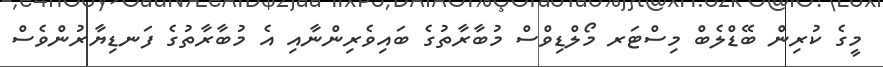
މީގެ ކުރިން ބޭޑްލެބް މިސްޓަރ މޯލްޑިވްސް މުބާރާތުގެ ބައިވެރިންނާއި އެ މުބާރާތުގެ ފަނޑިޔާރުންވެސް